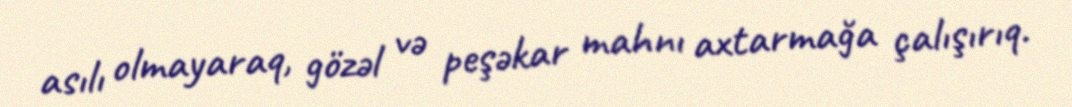
asılı olmayaraq, gözəl və peşəkar mahnı axtarmağa çalışırıq.